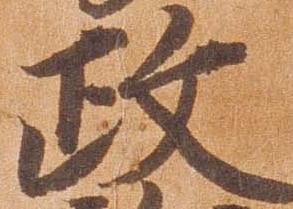
政